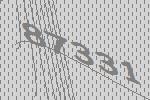
87331